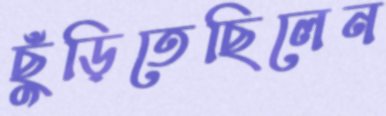
ছুঁড়িতেছিলেন